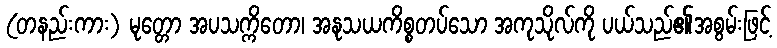
(တနည်းကား) မုတ္တော အပသက္ကိတော၊ အနုသယကိစ္စတပ်သော အကုသိုလ်ကို ပယ်သည်၏အစွမ်းဖြင့်